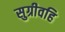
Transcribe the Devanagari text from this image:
सुग्रीवहि